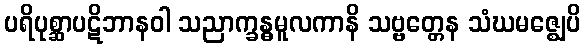
ပရိပုစ္ဆာပဋိဘာနဝါ သညာက္ခန္ဓမူလကာနိ သဗ္ဗတ္တေန သံဃမဇ္ဈေပိ